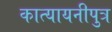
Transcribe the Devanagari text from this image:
कात्यायनीपुत्र